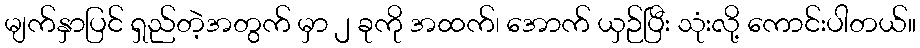
မျက်နှာပြင် ရှည်တဲ့အတွက် မှာ ၂ ခုကို အထက်၊ အောက် ယှဉ်ပြီး သုံးလို့ ကောင်းပါတယ်။